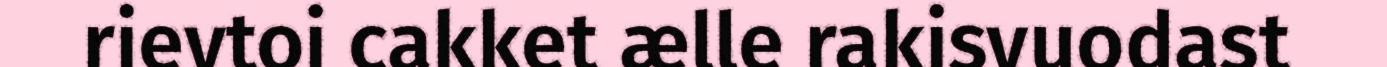
rievtoi cakket ælle rakisvuodast